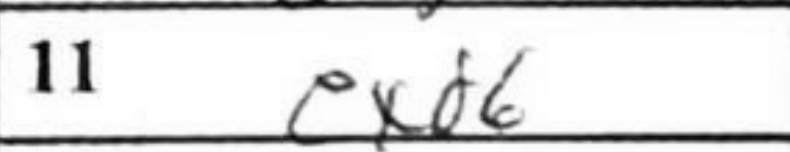
Transcription: exd6